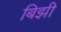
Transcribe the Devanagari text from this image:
बिझी